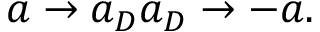
a \rightarrow a _ { D } a _ { D } \rightarrow - a .